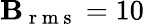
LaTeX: \mathbf{B}_{\mathrm{{~r~m~s~}}}=10